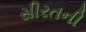
સીરતની